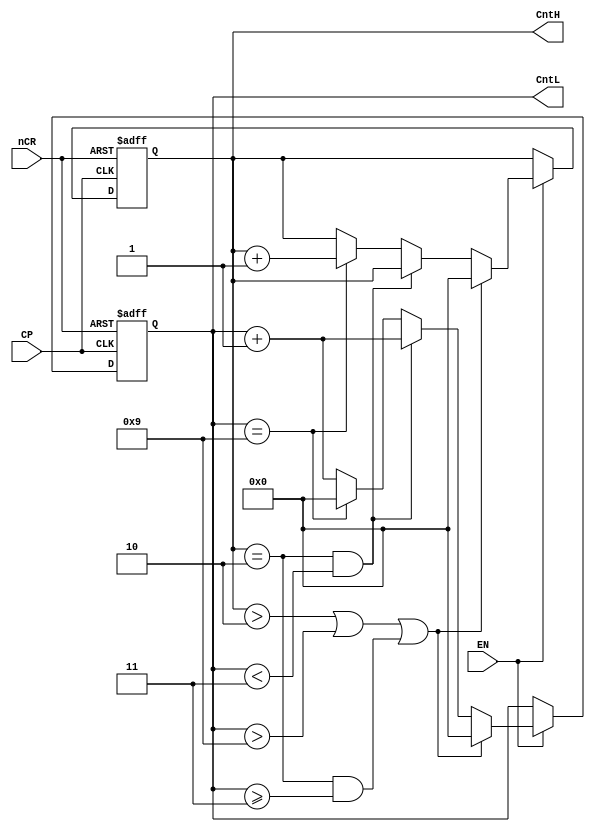
module counter24(CntH,CntL,nCR,EN,CP);
	input CP,nCR,EN;
	output reg[3:0] CntH,CntL;
always @(posedge CP or negedge nCR)
	begin
		if(~nCR)
			{CntH,CntL}<=8'h00;
		else if(~EN)
			{CntH,CntL}<={CntH,CntL};
		else if((CntH>2)||(CntL>9)||((CntH==2)&&(CntL>=3)))
			{CntH,CntL}<=8'h00;
		else if((CntH==2)&&(CntL<3))
			begin
				CntH<=CntH;
				CntL<=CntL+1'b1;
			end
		else if(CntL==9)
			begin
				CntH<=CntH+1'b1;
				CntL<=4'b0000;
			end
		else
			begin
				CntH<=CntH;
				CntL<=CntL+1'b1;
			end
	end
endmodule